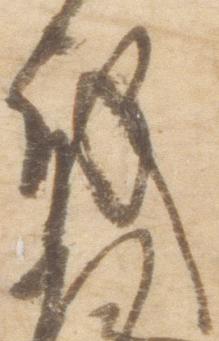
殿